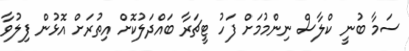
ސަމާ ބުނީ ކްލާސް ނިންމުމަށް ފަހު ޓީޗަރާ ބައްދަލުކޮށް އިތުރަށް އޮޅުން ފިލުވާ